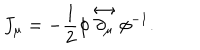
J _ { \mu } = - \frac { 1 } { 2 } \phi \stackrel { \leftrightarrow } { \partial _ { \mu } } \phi ^ { - 1 } .